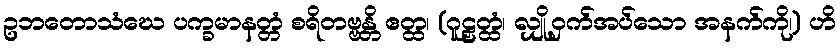
ဥဘတောသံဃေ ပက္ခမာနတ္တံ စရိတဗ္ဗန္တိ ဧတ္ထ၊ (ဂူဠှတ္ထံ၊ လျှို့ဝှက်အပ်သော အနက်ကို၊) ဟိ